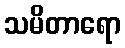
သမိတာရော